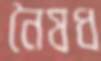
নৈষধ